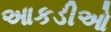
આકડીઓ